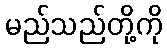
မည်သည်တို့ကို